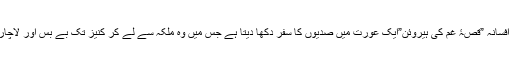
ان کا افسانہ ”قصۂ غم کی ہیروئن”ایک عورت میں صدیوں کا سفر دکھا دیتا ہے جس میں وہ ملکہ سے لے کر کنیز تک بے بس اور لاچار ہے۔